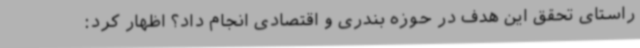
راستای تحقق این هدف در حوزه بندری و اقتصادی انجام داد؟ اظهار کرد:‌